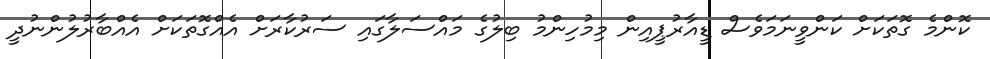
ކޮންމެ ގޮތަކަށް ކަންވީނަމަވެސް ޑީއާރުޕީއިން މިމުހިންމު ބިލުގެ މައްސަލާގައި ސަރުކާރަށް އެއްގޮތަކަށް އެއްބާރުލުންނުދީ